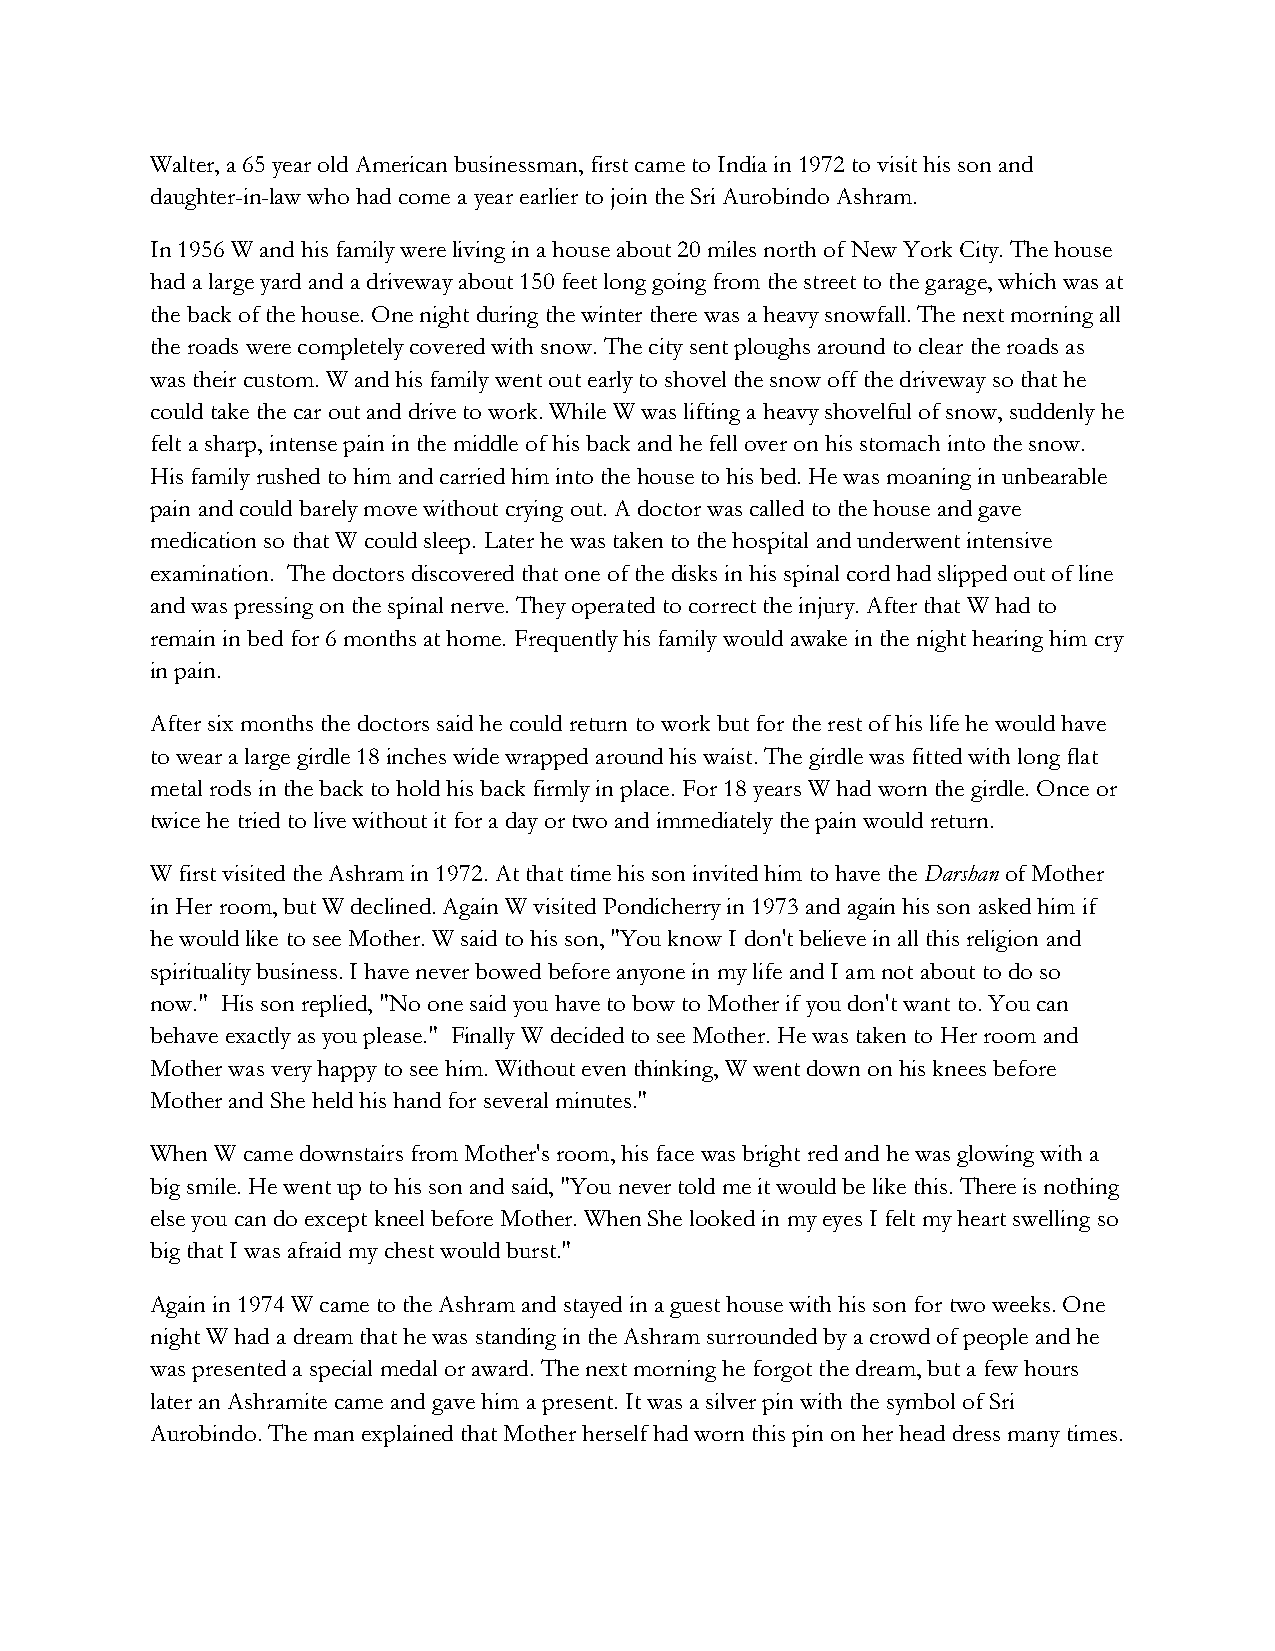
Walter, a 65 year old American businessman, first came to India in 1972 to visit his son and
 daughter-in-law who had come a year earlier to join the Sri Aurobindo Ashram.
 In 1956 W and his family were living in a house about 20 miles north of New York City. The house
 had a large yard and a driveway about 150 feet long going from the street to the garage, which was at
 the back of the house. One night during the winter there was a heavy snowfall. The next morning all
 the roads were completely covered with snow. The city sent ploughs around to clear the roads as
 was their custom. W and his family went out early to shovel the snow off the driveway so that he
 could take the car out and drive to work. While W was lifting a heavy shovelful of snow, suddenly he
 felt a sharp, intense pain in the middle of his back and he fell over on his stomach into the snow.
 His family rushed to him and carried him into the house to his bed. He was moaning in unbearable
 pain and could barely move without crying out. A doctor was called to the house and gave
 medication so that W could sleep. Later he was taken to the hospital and underwent intensive
 examination. The doctors discovered that one of the disks in his spinal cord had slipped out of line
 and was pressing on the spinal nerve. They operated to correct the injury. After that W had to
 remain in bed for 6 months at home. Frequently his family would awake in the night hearing him cry
 in pain.
 After six months the doctors said he could return to work but for the rest of his life he would have
 to wear a large girdle 18 inches wide wrapped around his waist. The girdle was fitted with long flat
 metal rods in the back to hold his back firmly in place. For 18 years W had worn the girdle. Once or
 twice he tried to live without it for a day or two and immediately the pain would return.
 W first visited the Ashram in 1972. At that time his son invited him to have the Darshan of Mother
 in Her room, but W declined. Again W visited Pondicherry in 1973 and again his son asked him if
 he would like to see Mother. W said to his son, "You know I don't believe in all this religion and
 spirituality business. I have never bowed before anyone in my life and I am not about to do so
 now." His son replied, "No one said you have to bow to Mother if you don't want to. You can
 behave exactly as you please." Finally W decided to see Mother. He was taken to Her room and
 Mother was very happy to see him. Without even thinking, W went down on his knees before
 Mother and She held his hand for several minutes."
 When W came downstairs from Mother's room, his face was bright red and he was glowing with a
 big smile. He went up to his son and said, "You never told me it would be like this. There is nothing
 else you can do except kneel before Mother. When She looked in my eyes I felt my heart swelling so
 big that I was afraid my chest would burst."
 Again in 1974 W came to the Ashram and stayed in a guest house with his son for two weeks. One
 night W had a dream that he was standing in the Ashram surrounded by a crowd of people and he
 was presented a special medal or award. The next morning he forgot the dream, but a few hours
 later an Ashramite came and gave him a present. It was a silver pin with the symbol of Sri
 Aurobindo. The man explained that Mother herself had worn this pin on her head dress many times.